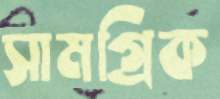
সামগ্রিক